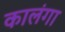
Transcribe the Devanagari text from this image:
कालंगा